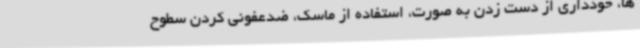
ها، خودداری از دست زدن به صورت، استفاده از ماسک، ضدعفونی کردن سطوح